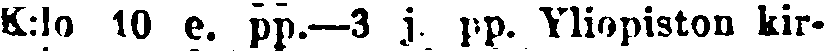
K:lo 10 e. pp.—3 j. pp. Yliopiston kir-